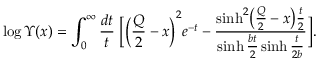
\log \Upsilon ( x ) = \int _ { 0 } ^ { \infty } \frac { d t } { t } \; \biggl [ \biggl ( \frac { Q } { 2 } - x \biggr ) ^ { 2 } e ^ { - t } - \frac { \sinh ^ { 2 } \bigl ( \frac { Q } { 2 } - x \bigr ) \frac { t } { 2 } } { \sinh \frac { b t } { 2 } \sinh \frac { t } { 2 b } } \biggr ] .